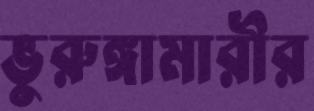
ভুরুঙ্গামারীর